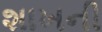
શાખની